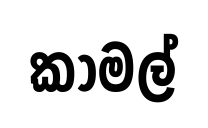
කාමල්